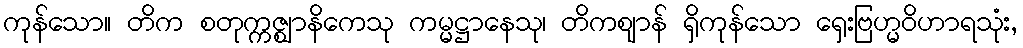
ကုန်သော။ တိက စတုက္ကဇ္ဈာနိကေသု ကမ္မဋ္ဌာနေသု၊ တိကဈာန် ရှိကုန်သော ရှေးဗြဟ္မဝိဟာရသုံး,